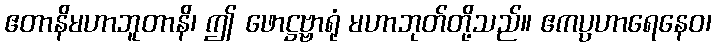
ဧတာနိမဟာဘူတာနိ၊ ဤ ဖောဋ္ဌဗ္ဗာရုံ မဟာဘုတ်တို့သည်။ ဧကပ္ပဟာရေနေဝ၊